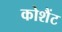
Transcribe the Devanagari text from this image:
कोशैंट